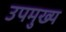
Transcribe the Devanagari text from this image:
उपमुख्य